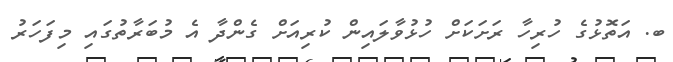
ބ. އަތޮޅުގެ ހުރިހާ ރަށަކަށް ހުޅުވާލައިން ކުރިއަށް ގެންދާ އެ މުބަރާތުގައި މިފަހަރު